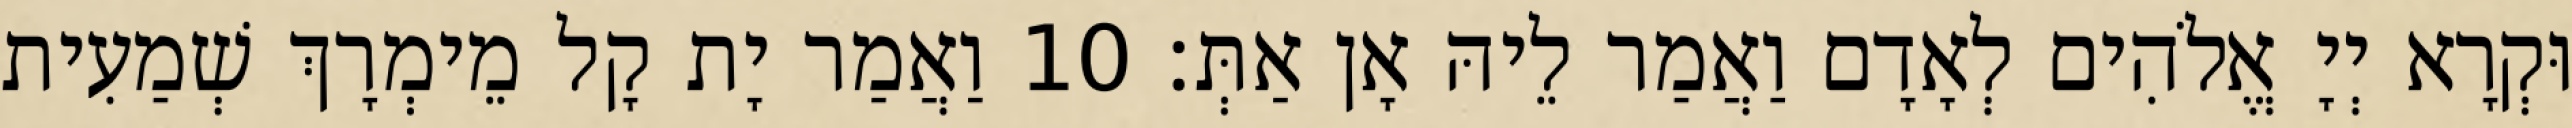
וּקְרָא יְיָ אֱלֹהִים לְאָדָם וַאֲמַר לֵיהּ אָן אַתְּ׃ 10 וַאֲמַר יָת קָל מֵימְרָךְ שְׁמַעִית